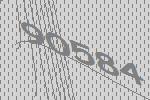
90584